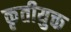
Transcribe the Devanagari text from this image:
कृतीयुक्त